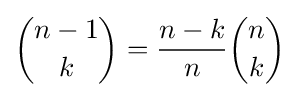
{\binom {n-1}{k}}={\frac {n-k}{n}}{\binom {n}{k}}